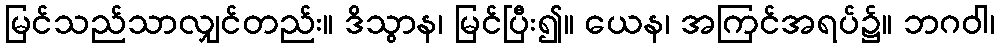
မြင်သည်သာလျှင်တည်း။ ဒိသွာန၊ မြင်ပြီး၍။ ယေန၊ အကြင်အရပ်၌။ ဘဂဝါ၊